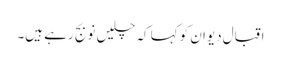
اقبال دیوان کو کہا کہ چلیں نو بج رہے ہیں۔